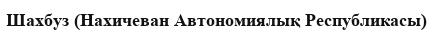
Шахбуз (Нахичеван Автономиялық Республикасы)